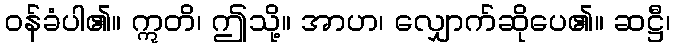
ဝန်ခံပါ၏။ ဣတိ၊ ဤသို့။ အာဟ၊ လျှောက်ဆိုပေ၏။ ဆဋ္ဌီ၊